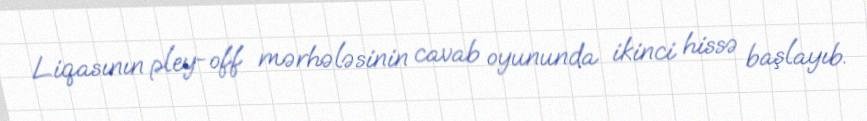
Liqasının pley-off mərhələsinin cavab oyununda ikinci hissə başlayıb.